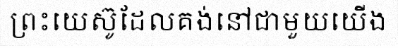
ព្រះយេស៊ូដែលគង់នៅជាមួយយើង